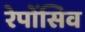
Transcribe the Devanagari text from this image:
रेपोंसिव